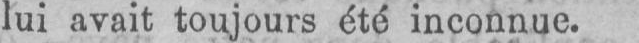
lui avait toujours été inconnue.